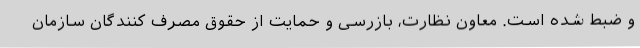
و ضبط شده است. معاون نظارت، بازرسی و حمایت از حقوق مصرف کنندگان سازمان